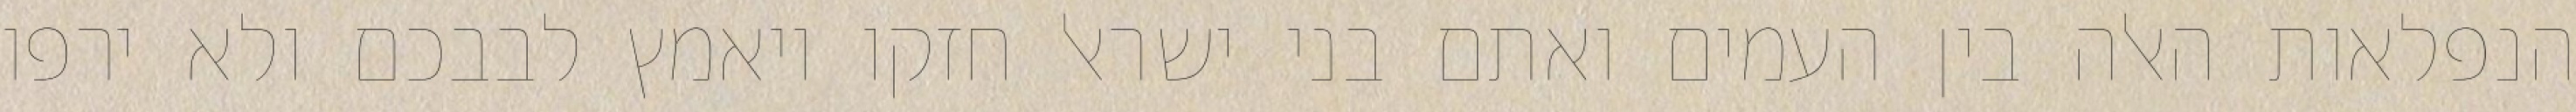
הנפלאות האלה בין העמים ואתם בני ישראל חזקו ויאמץ לבבכם ולא ירפו